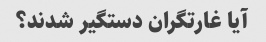
آیا غارتگران دستگیر شدند؟